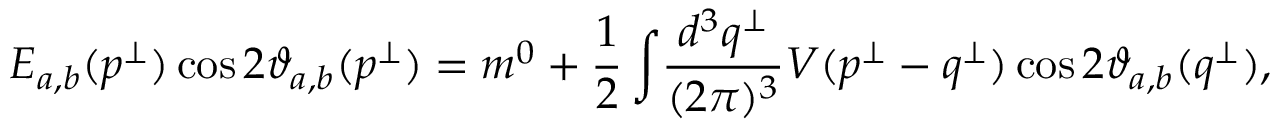
E _ { a , b } ( p ^ { \bot } ) \cos 2 \vartheta _ { a , b } ( p ^ { \bot } ) = m ^ { 0 } + \displaystyle { \frac { 1 } { 2 } \int } \frac { d ^ { 3 } q ^ { \bot } } { ( 2 \pi ) ^ { 3 } } V ( p ^ { \bot } - q ^ { \bot } ) \cos 2 \vartheta _ { a , b } ( q ^ { \bot } ) ,